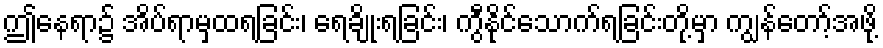
ဤနေရာ၌ အိပ်ရာမှထရခြင်း၊ ရေချိုးရခြင်း၊ ကွီနိုင်သောက်ရခြင်းတို့မှာ ကျွန်တော့်အဖို့